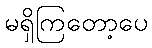
မရှိကြတော့ပေ